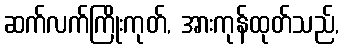
ဆက်လက်ကြိုးကုတ်, အားကုန်ထုတ်သည်,